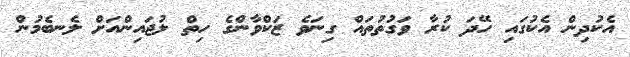
އެކުދިން އެކުގައި ހޭދަ ކުރާ ވަގުތުތައް ގިނަވެ ޒަކްވާންގެ ހިތް ލުޖައިންއަށް ލެނބެމުން